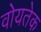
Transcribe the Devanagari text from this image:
वोयतेक